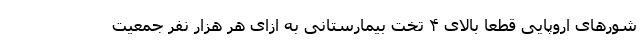
شورهای اروپایی قطعا بالای ۴ تخت بیمارستانی به ازای هر هزار نفر جمعیت